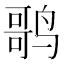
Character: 𬸠